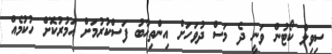
ސިވިލް ކޯޓުން ވަނީ ދެ މަސް ދުވަހަށް އިންތިހާބު ފަސްކުރުމަށް އަމުރުކޮށް ހުކުމެއް